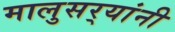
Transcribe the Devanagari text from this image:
मालुसर्‍यांनी